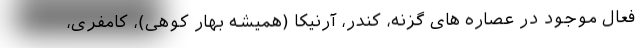
فعال موجود در عصاره های گزنه، کندر، آرنیکا (همیشه بهار کوهی)، کامفری،